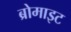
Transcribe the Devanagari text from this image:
ब्रोमाइट